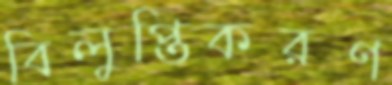
বিলুপ্তিকরণ